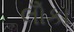
લોઁકા